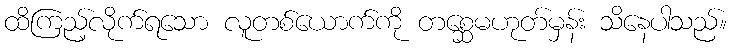
ထိကြည့်လိုက်ရသော လူတစ်ယောက်ကို တစ္ဆေမဟုတ်မှန်း သိနေပါသည်။